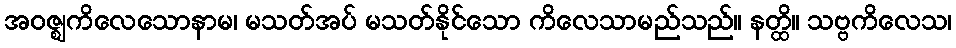
အဝဇ္ဈကိလေသောနာမ၊ မသတ်အပ် မသတ်နိုင်သော ကိလေသာမည်သည်။ နတ္ထိ။ သဗ္ဗကိလေသ၊